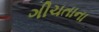
ગીચતાના